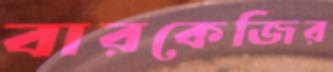
বারকেজির